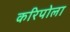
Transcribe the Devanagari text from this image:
करिपोला